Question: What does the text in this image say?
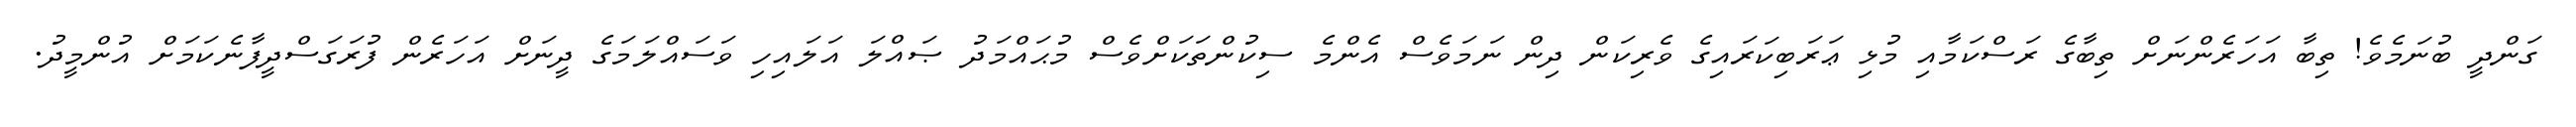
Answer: ގަންދީ ބުނަމެވެ! ތިބާ އަހަރެންނަށް ތިބާގެ ރަސްކަމާއި މުޅި ޢަރަބިކަރައިގެ ވެރިކަން ދިން ނަމަވެސް އެންމެ ސިކުންތަކަށްވެސް މުޙައްމަދު ޞައްލަ އަލައިހި ވަސައްލަމަގެ ދީނަށް އަހަރެން ފުރަގަސްދީފާނެކަމަށް އުންމީދު.